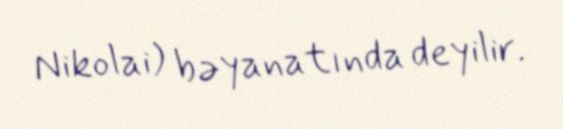
Nikolai) bəyanatında deyilir.